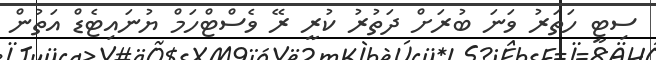
ސިޓީ ހަތަރު ވަނަ ބުރަށް ދަތުރު ކުރީ ރޭ ވެސްޓްހަމް ޔުނައިޓެޑް އަތުން